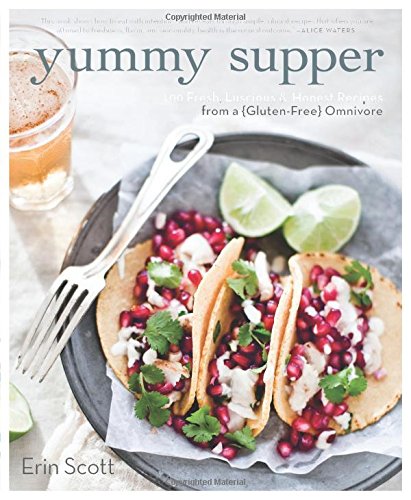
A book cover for Yummy Supper: 100 Fresh, Luscious & Honest Recipes from a Gluten-Free Omnivore; Erin Scott; Cookbooks, Food & Wine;